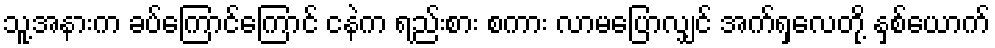
သူ့အနားက ခပ်ကြောင်ကြောင် ငနဲက ရည်းစား စကား လာမပြောလျှင် အက်ရှလေတို့ နှစ်ယောက်